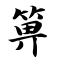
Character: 箅